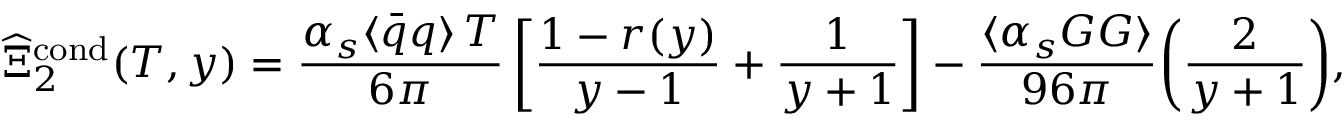
\widehat { \Xi } _ { 2 } ^ { \mathrm { c o n d } } ( T , y ) = { \frac { \alpha _ { s } \langle \bar { q } q \rangle \, T } { 6 \pi } } \, \bigg [ { \frac { 1 - r ( y ) } { y - 1 } } + { \frac { 1 } { y + 1 } } \bigg ] - { \frac { \langle \alpha _ { s } G G \rangle } { 9 6 \pi } } \bigg ( { \frac { 2 } { y + 1 } } \bigg ) ,